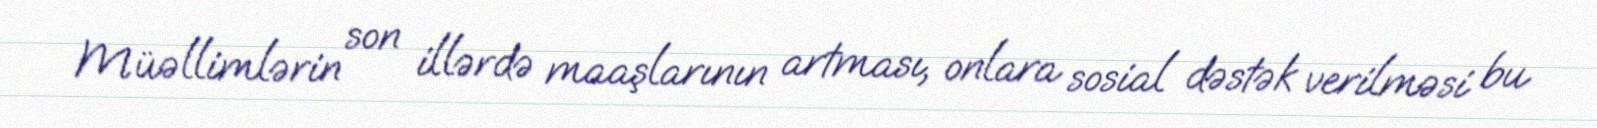
Müəllimlərin son illərdə maaşlarının artması, onlara sosial dəstək verilməsi bu